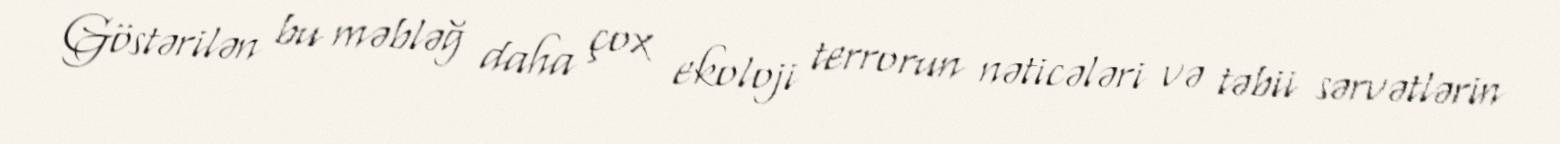
Göstərilən bu məbləğ daha çox ekoloji terrorun nəticələri və təbii sərvətlərin